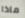
ماذا